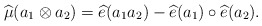
\begin{align*}\widehat{\mu}(a_1 \otimes a_2)=\widehat{e}(a_1 a_2)-\widehat{e}(a_1) \circ \widehat{e}(a_2). \end{align*}